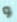
و